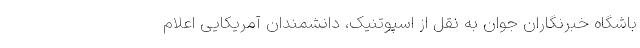
باشگاه خبرنگاران جوان به نقل از اسپوتنیک، دانشمندان آمریکایی اعلام